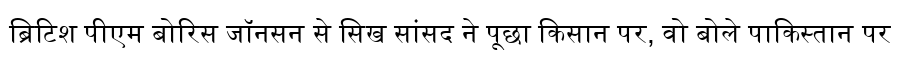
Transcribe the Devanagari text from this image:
ब्रिटिश पीएम बोरिस जॉनसन से सिख सांसद ने पूछा किसान पर, वो बोले पाकिस्तान पर